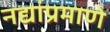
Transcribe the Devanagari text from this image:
नद्यांप्रमाणे